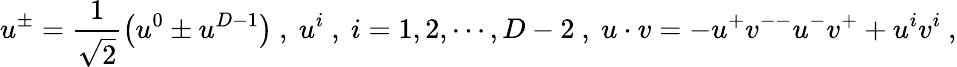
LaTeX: u^{\pm}=\frac{1}{\sqrt{2}}\left(u^{0}\pm u^{D-1}\right)\ ,\ u^{i}\ ,\ i=1,2,\cdots,D-2\ ,\ u\cdot v=-u^{+}v^{--}u^{-}v^{+}+u^{i}v^{i}\ ,